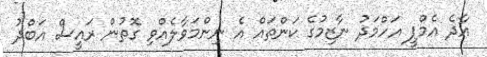
އާދެ އެމްޕީ އަހްމަދު ނާޒިމުގެ ކަންތައް އެ ނިންމަވާލެއްވި ގޮތުން ރައީސް އަބްދު